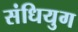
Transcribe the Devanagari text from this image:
संधियुग